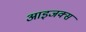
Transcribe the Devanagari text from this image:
आइजक्स